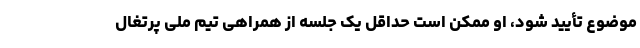
موضوع تأیید شود، او ممکن است حداقل یک جلسه از همراهی تیم ملی پرتغال